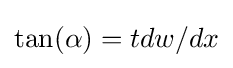
\tan(\alpha )=tdw/dx